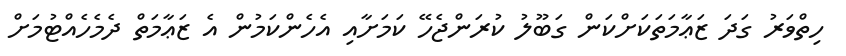
ހިތްވަރު ގަދަ ޒަޢާމަތަކަށްްކަން ގަބޫލު ކުރަންޖެހޭ ކަމަށާއި އެހެންކަމުން އެ ޒަޢާމަތް ދެމެހެއްޓުމަށް